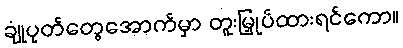
ချုံပုတ်တွေအောက်မှာ တူးမြှုပ်ထားရင်ကော။